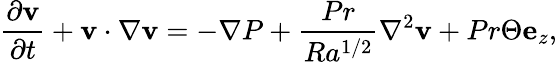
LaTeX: \frac{\partial\mathbf{v}}{\partial t}+\mathbf{v}\cdot\mathbf{\nabla\mathbf{v}}=-\mathbf{\nabla}P+\frac{Pr}{Ra^{1/2}}\mathbf{\nabla}^{2}\mathbf{v}+Pr\Theta\mathbf{e}_{z},